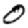
Digit: 0